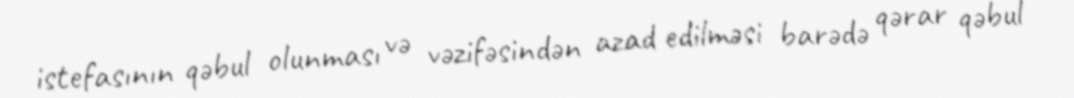
istefasının qəbul olunması və vəzifəsindən azad edilməsi barədə qərar qəbul